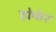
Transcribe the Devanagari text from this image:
होफेर